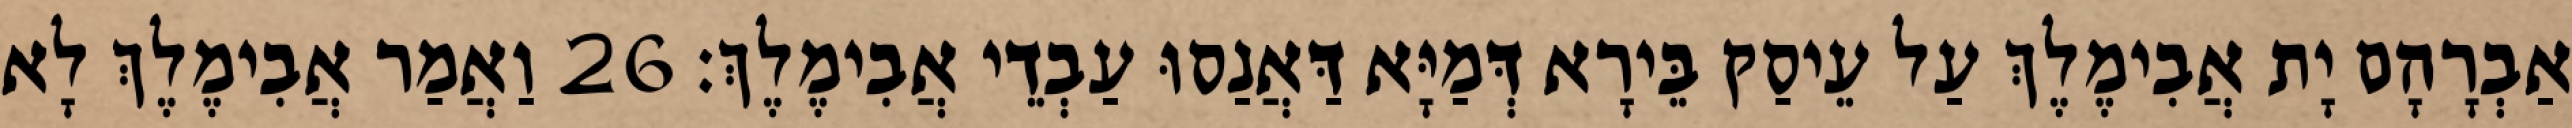
אַבְרָהָם יָת אֲבִימֶלֶךְ עַל עֵיסַק בֵּירָא דְּמַיָּא דַּאֲנַסוּ עַבְדֵי אֲבִימֶלֶךְ׃ 26 וַאֲמַר אֲבִימֶלֶךְ לָא